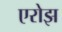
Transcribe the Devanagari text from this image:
एरोझ